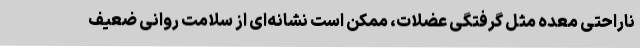
ناراحتی معده مثل گرفتگی عضلات، ممکن است نشانه‌ای از سلامت روانی ضعیف